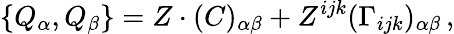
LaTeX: \{ Q_{\alpha},Q_{\beta}\} =Z\cdot(C)_{\alpha\beta}+Z^{ijk}(\Gamma_{ijk})_{\alpha\beta}\, ,